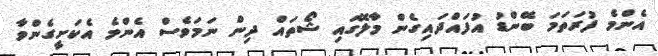
އެންމެ ފުރަތަމަ ބޭންޑު އުފައްދައިގެން މާލޭގައި ޝޯތައް ދިން ނަމަވެސް އެންމެ އެކަށީގެންވާ